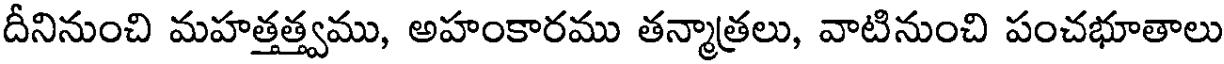
దీనినుంచి మహత్తత్త్వము, అహంకారము తన్మాత్రలు, వాటినుంచి పంచభూతాలు